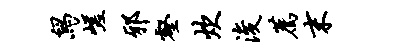
舄嵯邪壑炊浚荐末